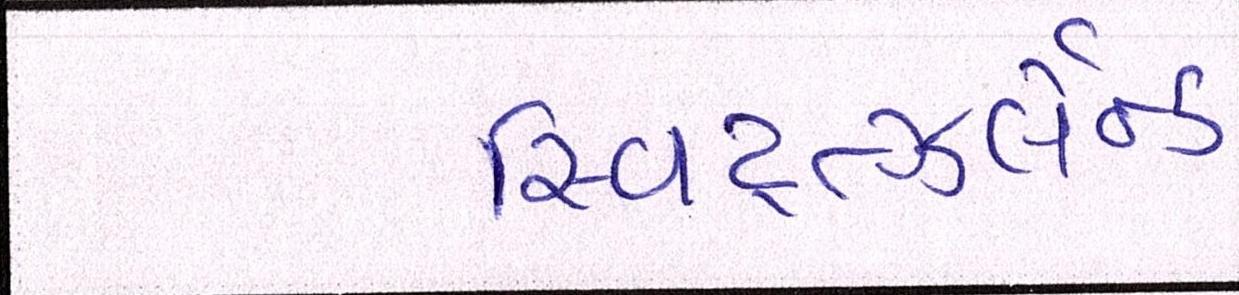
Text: સ્વિટ્ત્ઝર્લેન્ડ